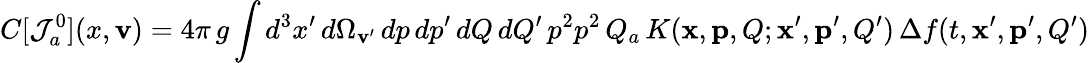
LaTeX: C[{\cal J}_{a}^{0}](x,{\mathbf v})=4\pi\, g\int d^{3}x^{\prime}\, {d\Omega_{{\mathbf v}^{\prime}}}\, dp\, dp^{\prime}\, dQ\, dQ^{\prime}\, p^{2}p^{2}\, Q_{a}\, {K}({\mathbf x},{\mathbf p},Q;{\mathbf x}^{\prime},{\mathbf p^{\prime}},Q^{\prime})\, \Delta f(t,{\mathbf x}^{\prime},{\mathbf p}^{\prime},Q^{\prime})